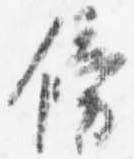
傍